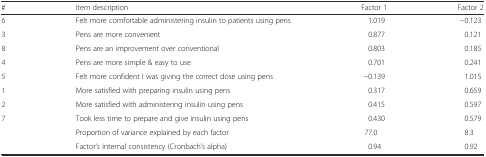
<table><thead><tr><td><b>#</b></td><td><b>Item description</b></td><td><b>Factor 1</b></td><td><b>Factor 2</b></td></tr></thead><tbody><tr><td>6</td><td>Felt more comfortable administering insulin to patients using pens</td><td>1.019</td><td>−0.123</td></tr><tr><td>3</td><td>Pens are more convenient</td><td>0.877</td><td>0.121</td></tr><tr><td>8</td><td>Pens are an improvement over conventional</td><td>0.803</td><td>0.185</td></tr><tr><td>4</td><td>Pens are more simple &amp; easy to use</td><td>0.701</td><td>0.241</td></tr><tr><td>5</td><td>Felt more confident I was giving the correct dose using pens</td><td>−0.139</td><td>1.015</td></tr><tr><td>1</td><td>More satisfied with preparing insulin using pens</td><td>0.317</td><td>0.659</td></tr><tr><td>2</td><td>More satisfied with administering insulin using pens</td><td>0.415</td><td>0.597</td></tr><tr><td>7</td><td>Took less time to prepare and give insulin using pens</td><td>0.430</td><td>0.579</td></tr><tr><td></td><td>Proportion of variance explained by each factor</td><td>77.0</td><td>8.3</td></tr><tr><td></td><td>Factor’s internal consistency (Cronbach’s alpha)</td><td>0.94</td><td>0.92</td></tr></tbody></table>